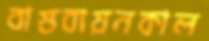
বাস্তবায়নকাল